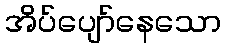
အိပ်ပျော်နေသော